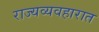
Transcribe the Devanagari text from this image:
राज्यव्यवहारात